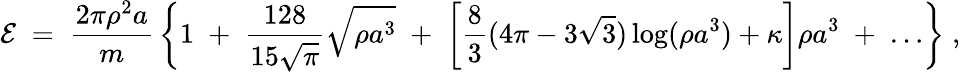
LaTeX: {\cal E}\; =\; {\frac{2\pi\rho^{2}a}{m}}\left\{ 1\; +\; {\frac{128}{15\sqrt{\pi}}}\sqrt{\rho a^{3}}\; +\; \left[{\frac{8}{3}}(4\pi-3\sqrt{3})\log(\rho a^{3})+\kappa\right]\rho a^{3}\; +\; \ldots\right\} \; ,